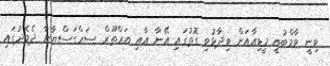
ވިނީ ވާމްބުއީ މީޑިއާއަށް ވިދާޅުވި ގޮތުގައި އޭނާ އާއި އަރްތޫރް ސަރްގަސްޔާނާ ދެމެދުގައި